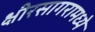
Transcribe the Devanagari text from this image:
क्षीरसागरामध्ये